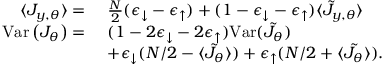
\begin{array} { r l } { \langle J _ { y , \theta } \rangle = ~ } & { \frac { N } { 2 } ( \epsilon _ { \downarrow } - \epsilon _ { \uparrow } ) + ( 1 - \epsilon _ { \downarrow } - \epsilon _ { \uparrow } ) \langle \tilde { J } _ { y , \theta } \rangle } \\ { \mathrm { V a r } \left( J _ { \theta } \right) = ~ } & { ( 1 - 2 \epsilon _ { \downarrow } - 2 \epsilon _ { \uparrow } ) \mathrm { V a r } ( \tilde { J _ { \theta } } ) } \\ & { + \epsilon _ { \downarrow } ( N / 2 - \langle \tilde { J _ { \theta } } \rangle ) + \epsilon _ { \uparrow } ( N / 2 + \langle \tilde { J _ { \theta } } \rangle ) . } \end{array}